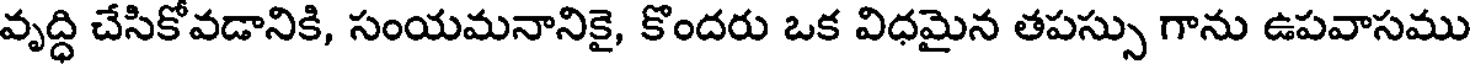
వృద్ధి చేసికోవడానికి, సంయమనానికై, కొందరు ఒక విధమైన తపస్సు గాను ఉపవాసము